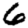
Digit: 6